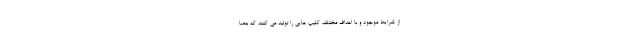
از شرایط موجود و با اهداف مختلف کلیپ هایی را تولید می کنند که بعضا